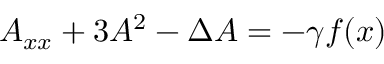
A _ { x x } + 3 A ^ { 2 } - \Delta A = - \gamma f ( x )